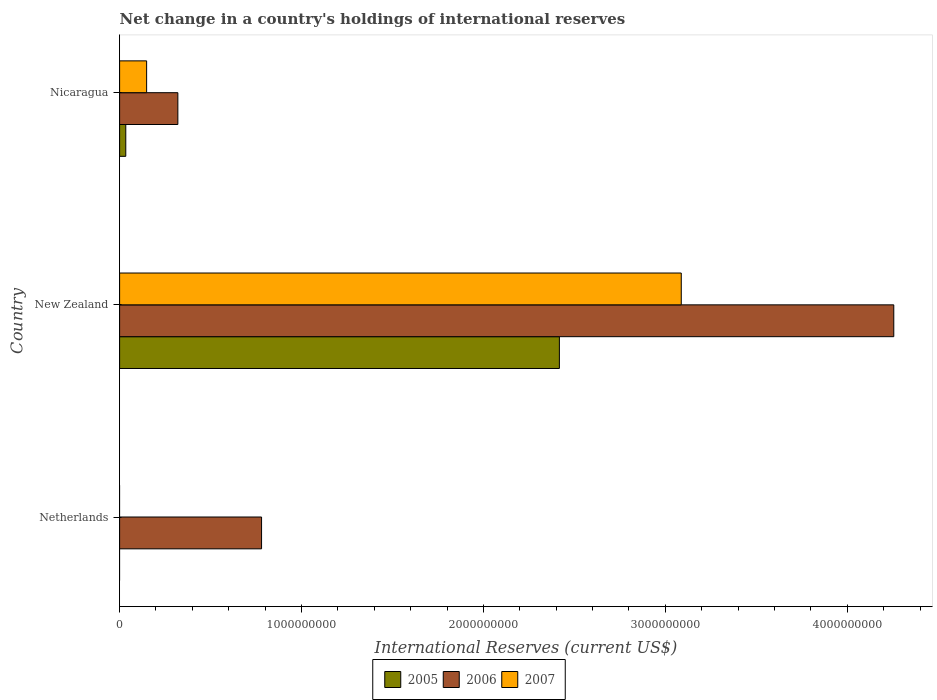
| Country | 2005 | 2006 | 2007 |
 | --- | --- | --- | --- |
 | Netherlands | -1.79e+09 | 7.8e+08 | -1.41e+09 |
 | New Zealand | 2.42e+09 | 4.26e+09 | 3.09e+09 |
 | Nicaragua | 3.4e+07 | 3.2e+08 | 1.49e+08 |